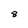
Character: 8